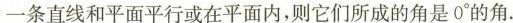
一条直线和平面平行或在平面内，则它们所成的角是0^{\circ}的角。